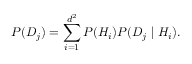
P ( D _ { j } ) = \sum _ { i = 1 } ^ { d ^ { 2 } } P ( H _ { i } ) P ( D _ { j } \mid H _ { i } ) .